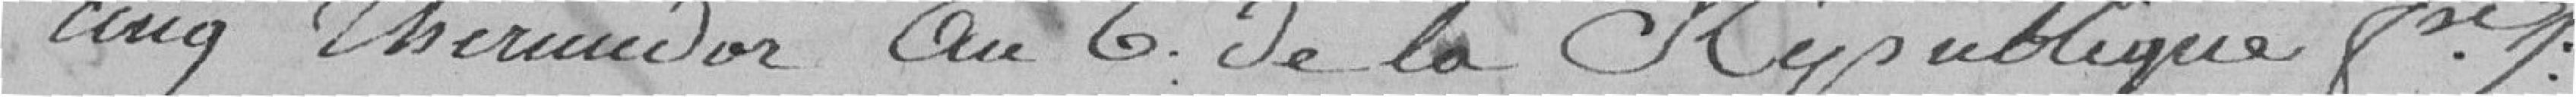
cinq Thermidor an 6 de la République Française